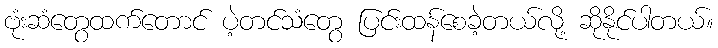
ဗုံးဆံတွေထက်တောင် ပဲ့တင်သံတွေ ပြင်းထန်စေခဲ့တယ်လို့ ဆိုနိုင်ပါတယ်။